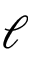
\ell